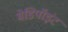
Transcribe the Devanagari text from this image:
मेडिपॉइंट